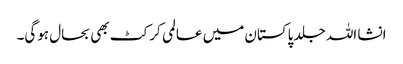
انشا اللہ جلد پاکستان میں عالمی کرکٹ بھی بحال ہوگی۔